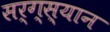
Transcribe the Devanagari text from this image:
सर्ग्स्यान